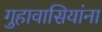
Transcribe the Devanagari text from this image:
गुहावासियांना